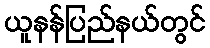
ယူနန်ပြည်နယ်တွင်